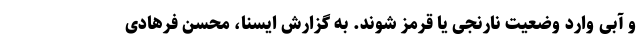
و آبی وارد وضعیت نارنجی یا قرمز شوند. به گزارش ایسنا، محسن فرهادی